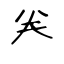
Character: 𠔉